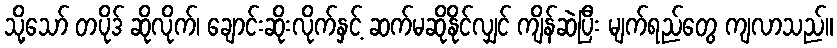
သို့သော် တပိုဒ် ဆိုလိုက်၊ ချောင်းဆိုးလိုက်နှင့် ဆက်မဆိုနိုင်လျှင် ကျိန်ဆဲပြီး မျက်ရည်တွေ ကျလာသည်။